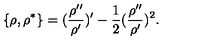
\{ \rho , \rho ^ { * } \} = ( \frac { \rho ^ { \prime \prime } } { \rho ^ { \prime } } ) ^ { \prime } - \frac { 1 } { 2 } ( \frac { \rho ^ { \prime \prime } } { \rho ^ { \prime } } ) ^ { 2 } .